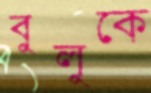
বুলুকে